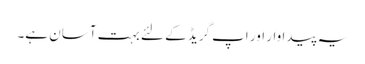
یہ پیداوار اور اپ گریڈ کے لئے بہت آسان ہے۔